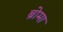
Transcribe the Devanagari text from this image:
ब्रोमा